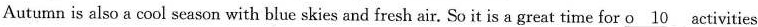
Autumn is also a cool season with blue skies and fresh air. So it is a great time for \underline{o10} activities.